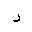
Letter: _dal